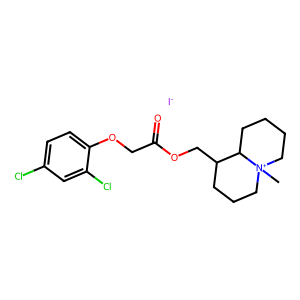
SMILES: C[N+]12CCCCC1C(COC(=O)COc1ccc(Cl)cc1Cl)CCC2.[I-]
Inhibits HIV replication: No